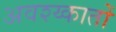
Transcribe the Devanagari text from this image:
अवश्य्कातों